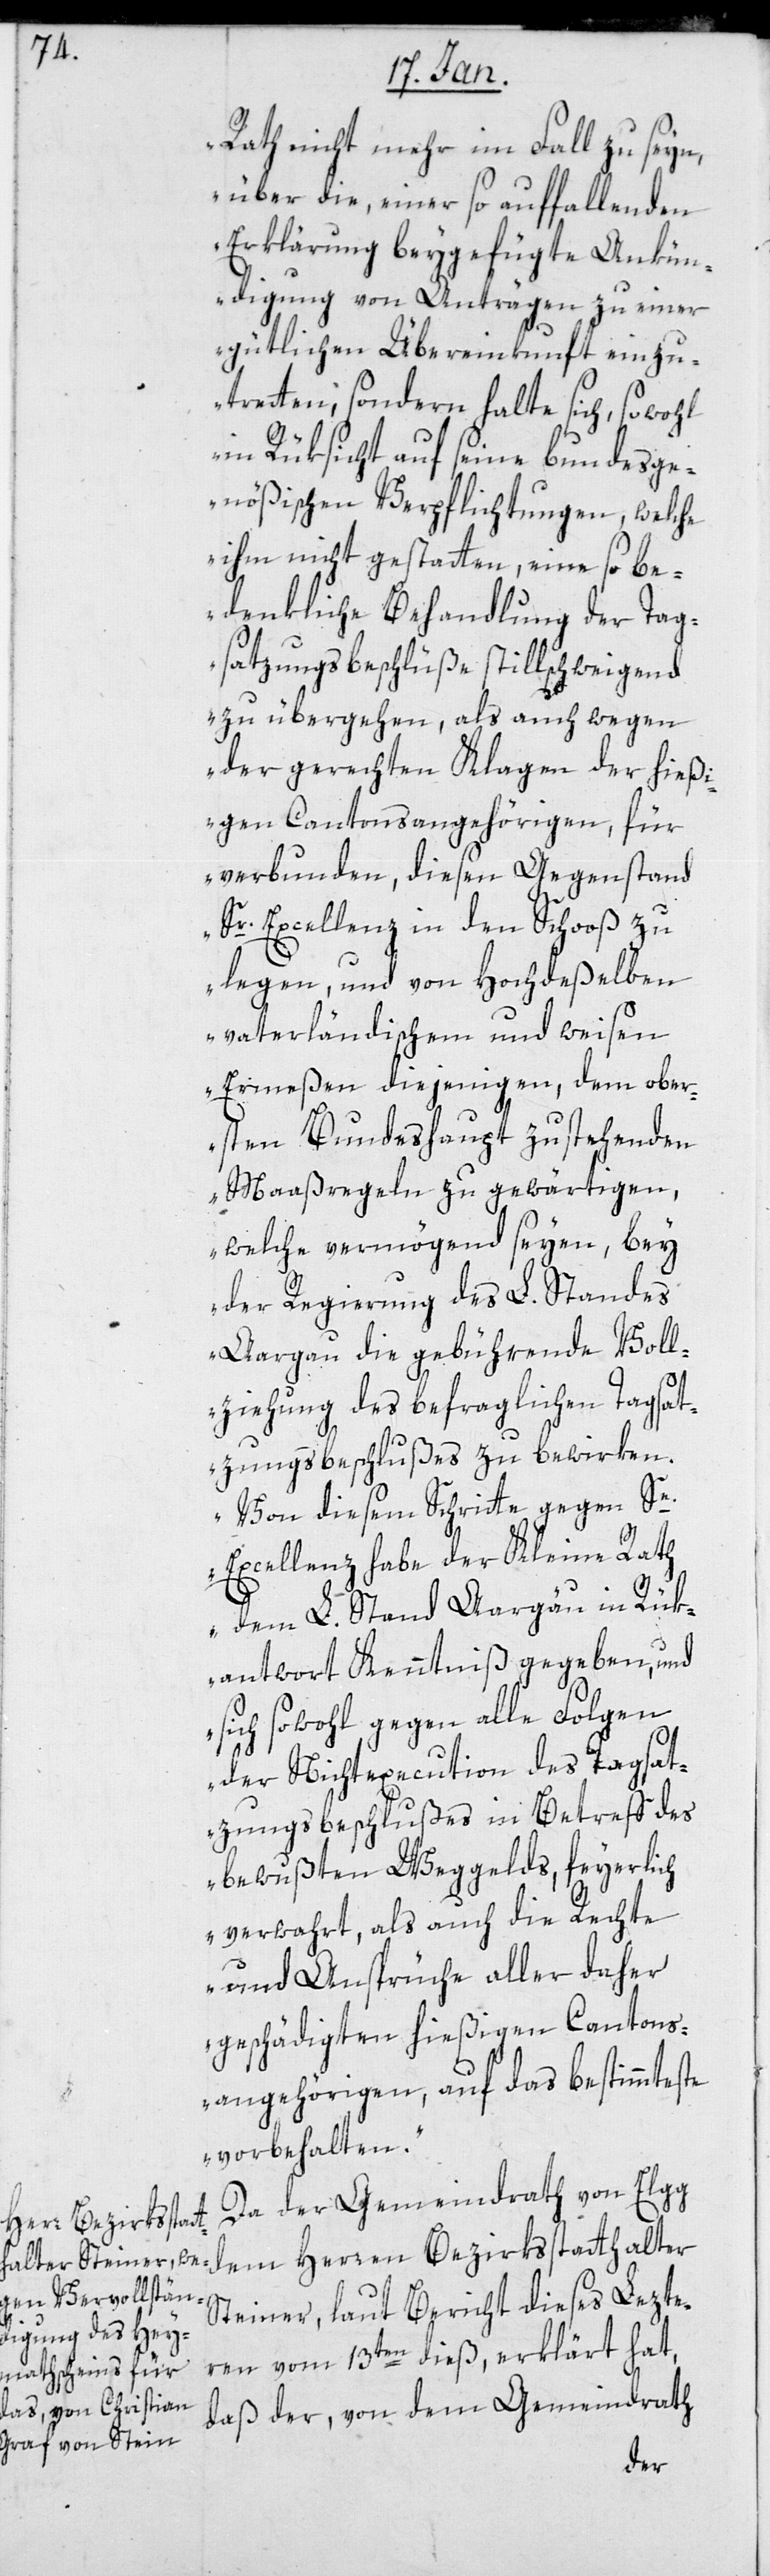
Rath nicht mehr im Fall zu seyn,
über die, einer so auffallenden
Erklärung beygefügte Ankün¬
digung von Anträgen zu einer
gütlichen Übereinkunft einzu¬
tretten, sondern halte sich, sowohl
in Rüksicht auf seine bundesge¬
nößischen Verpflichtungen, welche
ihm nicht gestatten, eine so be¬
denkliche Behandlung der Tag¬
satzungsbeschlüße stillschweigend
zu übergehen, als auch wegen
der gerechten Klagen der hießi¬
gen Cantonsangehörigen, für
verbunden, diesen Gegenstand
Sr. Excellenz in den Schooß zu
legen, und von Hochdeßelben
vaterländischem und weisen
Ermeßen diejenigen, dem ober¬
sten Bundeshaupt zustehenden
Maaßregeln zu gewärtigen,
welche vermögend seyen, bey
der Regierung des L. Standes
Aargau die gebührende Voll¬
ziehung des befraglichen Tagsat¬
zungsbeschlußes zu bewirken.
Von diesem Schritte gegen Se.
Excellenz habe der Kleine Rath
dem L. Stand Aargau in Rük¬
antwort Kenntniß gegeben, und
sich sowohl gegen alle Folgen
der Nichtexecution des Tagsat¬
zungsbeschlußes in Betreff des
bewußten Weggelds, feyerlich
verwahrt, als auch die Rechte
und Ansprüche aller daher
geschädigten hießigen Cantons¬
angehörigen, auf das bestimmteste
vorbehalten."
Da der Gemeindrath von Elgg
dem Herren Bezirksstatthalter
Steiner, laut Bericht dieses Lezte¬
ren vom 13ten dieß, erklärt hat,
daß der, von dem Gemeindrath